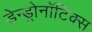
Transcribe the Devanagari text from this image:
डेन्ड्रोनॉटिक्स